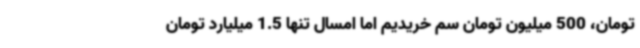
تومان، 500 میلیون تومان سم خریدیم اما امسال تنها 1.5 میلیارد تومان